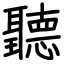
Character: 聽